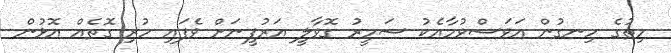
ހިތުގެ ހިނގުން އަވަސްވުމާއެކު ޟަމީރު ގޮވާލީ އަރުފީނަށް ވެފައި ހުރި ގޮތެއް އޮޅުން